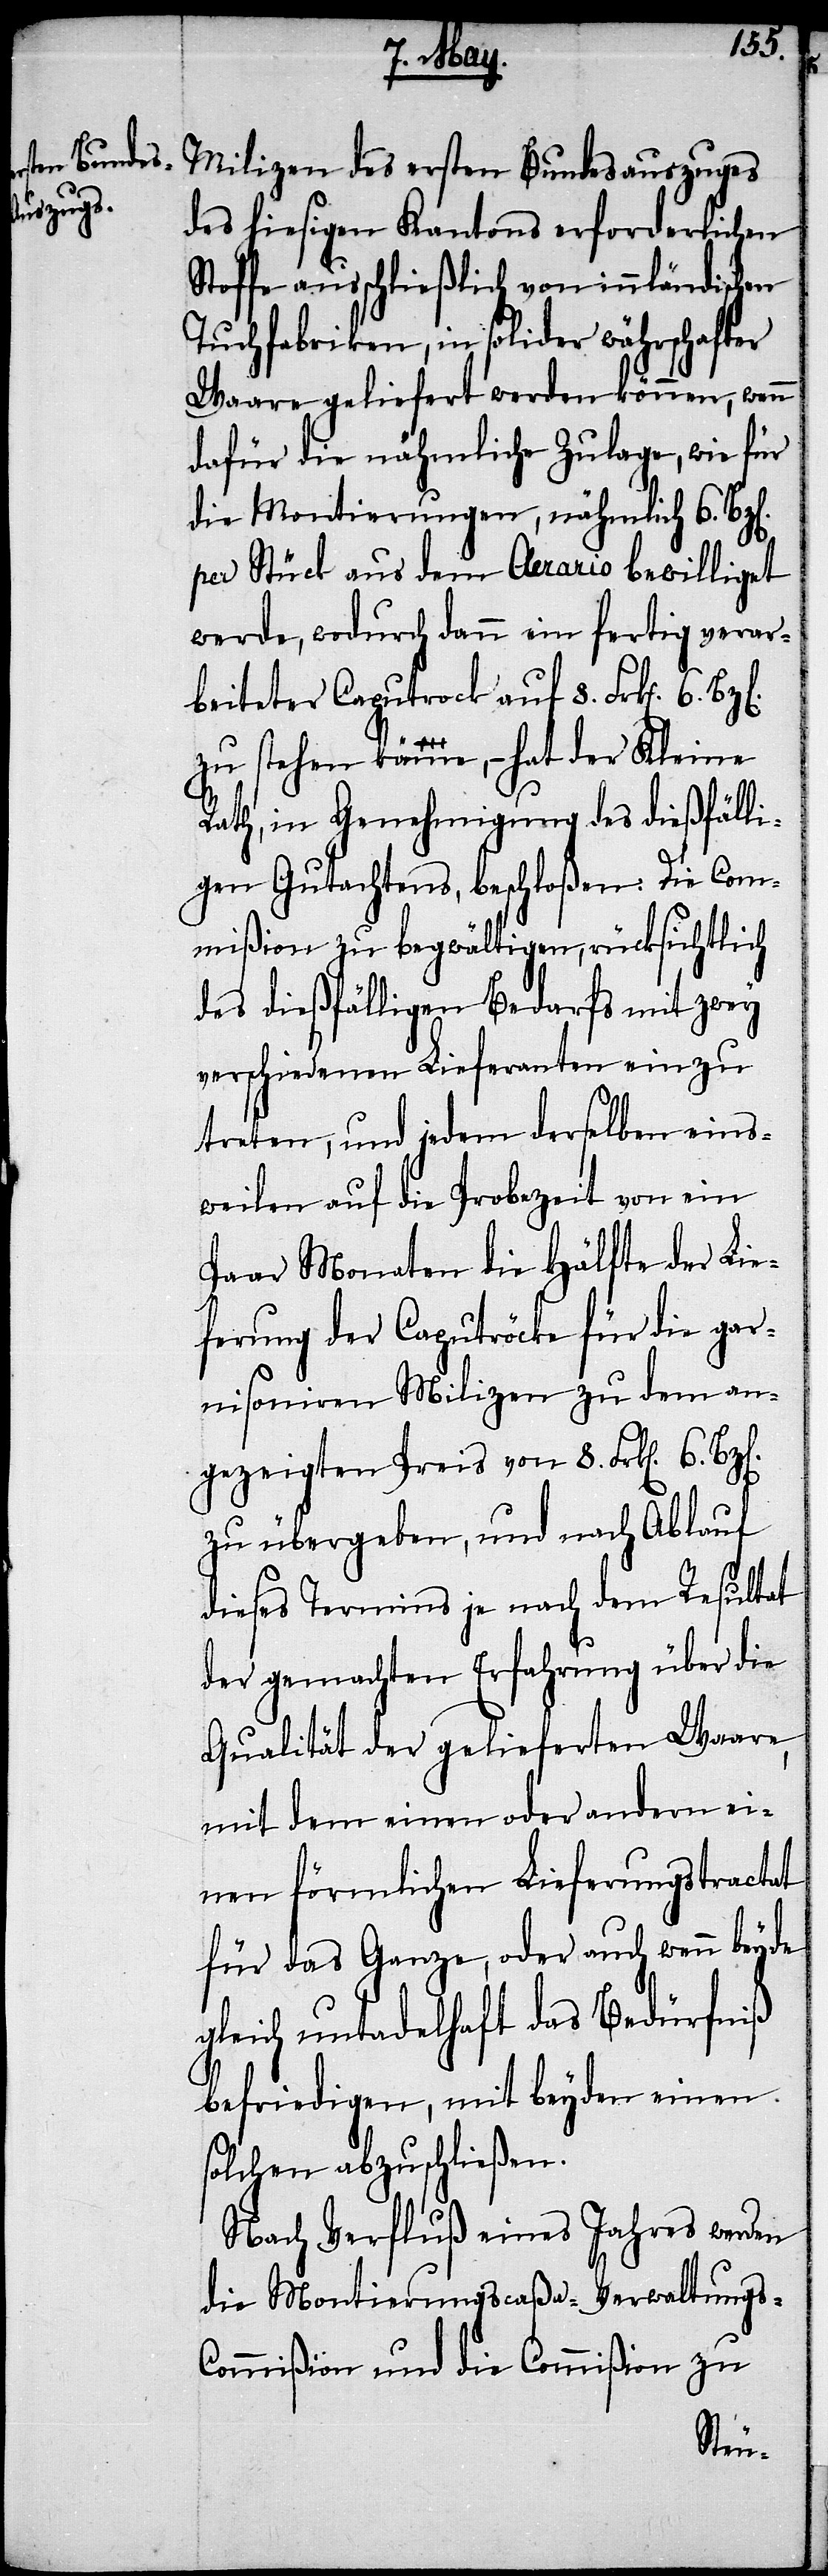
n].
auszuges
des hiesigen Kantons erforderlichen
Stoffe ausschließlich von innländischen
Tuchfabriken, in solider währschafter
Waare geliefert werden können, wenn
dafür die nähmliche Zulage, wie für
die Montirungen, nähmlich 6. Bz[e¬
per Stück aus dem Aerario bewilligt
werde, wodurch dann ein fertig verar¬
beiteter Caputrock auf 8. Frk[en]. 6.
zu stehen kömme, – hat der Kleine
Rath, in Genehmigung des dießfälli¬
gen Gutachtens, beschloßen: Die Com¬
mißion zu begwältigen, rücksichtlich
des dießfälligen Bedarfs mit zwey
verschiedenen Lieferanten ein zu
treten, und jedem derselben eins¬
weilen auf die Probezeit von ein
Paar Monaten die Hälfte der Lie¬
ferung der Caputröcke für die gar¬
nisonir[t]en Milizen zu dem an¬
gezeigten Preis von 8. Frk[en]. 6.
zu übergeben, und nach Ablauf
dieses Termins je nach dem Resultat
der gemachten Erfahrung über die
Qualität der gelieferten Waare,
mit dem einen oder andern ei¬
nen förmlichen Lieferungstractat
für das Ganze, oder auch wenn beyde
gleich untadelhaft das Bedürfniß
befriedigen, mit beyden einen
solchen abzuschließen.
Nach Verfluß eines Jahres werden
die Montirungscaßa-Verwaltungs-C¬
ommißion und die Commißion zu